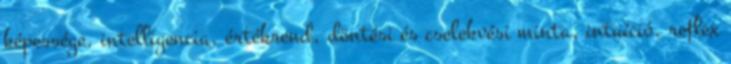
képessége, intelligencia, értékrend, döntési és cselekvési minta, intuíció, reflex